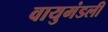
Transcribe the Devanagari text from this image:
वायुमंडली